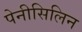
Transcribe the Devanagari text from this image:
पेनीसिलिन